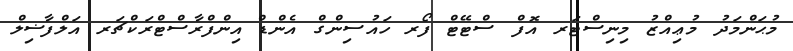
މުޙަންމަދު މުޢިއްޒު މިނިސްޓަރ އޮފް ސްޓޭޓް ފޯރ ހައުސިންގް އެންޑް އިންފްރާސްޓްރަކްޗަރ އަލްފާޟިލް